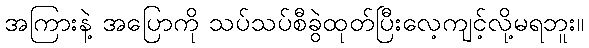
အကြားနဲ့ အပြောကို သပ်သပ်စီခွဲထုတ်ပြီးလေ့ကျင့်လို့မရဘူး။